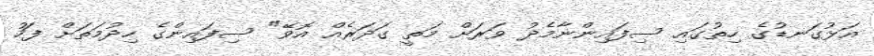
އަޅުގަނޑުގެ ހިތުގައި ސިފައިންނާމެދު ވަރަށް މަތީ ގަދަރެއް އޮވޭ" ސިފައިންގެ ހިދުމަތަށް ފަހު